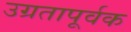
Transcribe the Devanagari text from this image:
उग्रतापूर्वक